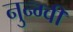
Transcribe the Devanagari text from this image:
नुन्ग्वी